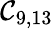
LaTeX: \mathcal{C}_{9,13}